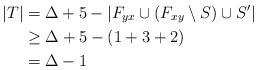
LaTeX: \begin{align*}|T| & = \Delta + 5 - |F_{yx} \cup (F_{xy} \setminus S) \cup S'| \\& \geq \Delta + 5 - (1 + 3 + 2) \\& = \Delta - 1\end{align*}